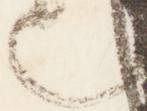
也